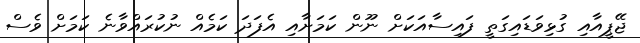
ޖޭޕީއާއި ގުޅިވަޑައިގަތީ ފައިސާއަކަށް ނޫން ކަމަށާއި އެފަދަ ކަމެއް ނުކުރައްވާނެ ކަމަށް ވެސް